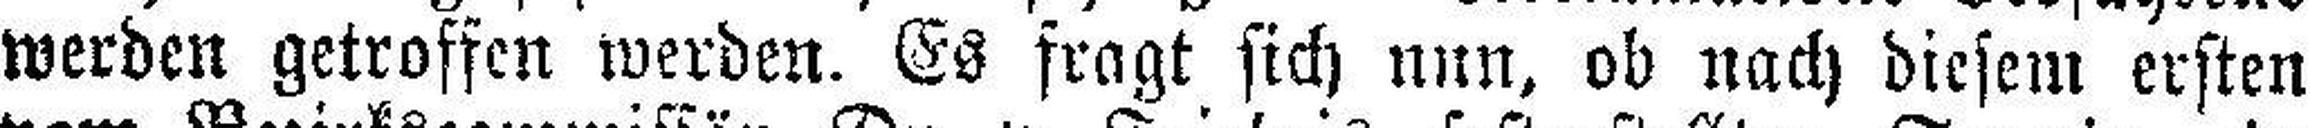
werden getroffen werden. Es fragt sich nun, ob nach diesem ersten